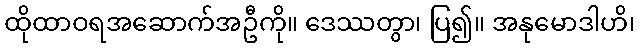
ထိုထာဝရအဆောက်အဦကို။ ဒေဿတွာ၊ ပြ၍။ အနုမောဒါဟိ၊